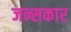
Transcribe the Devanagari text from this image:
जन्सकार